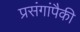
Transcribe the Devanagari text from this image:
प्रसंगांपैकी